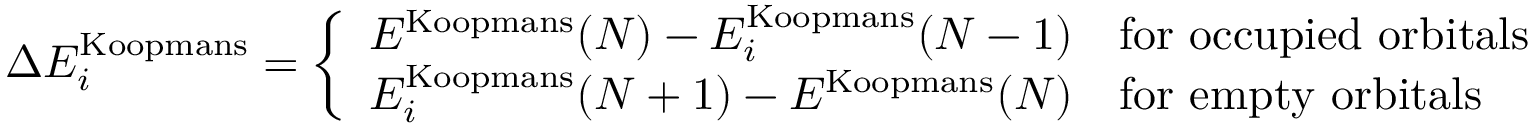
\Delta E _ { i } ^ { \mathrm { K o o p m a n s } } = \left\{ \begin{array} { l l } { E ^ { \mathrm { K o o p m a n s } } ( N ) - E _ { i } ^ { \mathrm { K o o p m a n s } } ( N - 1 ) } & { \mathrm { f o r ~ o c c u p i e d ~ o r b i t a l s } } \\ { E _ { i } ^ { \mathrm { K o o p m a n s } } ( N + 1 ) - E ^ { \mathrm { K o o p m a n s } } ( N ) } & { \mathrm { f o r ~ e m p t y ~ o r b i t a l s } } \end{array} \right.